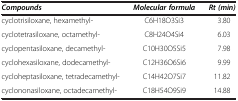
| Compounds | Molecular formula | Rt (min) |
 | --- | --- | --- |
 | cyclotrisiloxane, hexamethyl- | C6H18O3Si3 | 3.80 |
 | cyclotetrasiloxane, octamethyl- | C8H24O4Si4 | 6.03 |
 | cyclopentasiloxane, decamethyl- | C10H30O5Si5 | 7.98 |
 | cyclohexasiloxane, dodecamethyl- | C12H36O6Si6 | 9.99 |
 | cycloheptasiloxane, tetradecamethyl- | C14H42O7Si7 | 11.82 |
 | cyclononasiloxane, octadecamethyl- | C18H54O9Si9 | 14.88 |